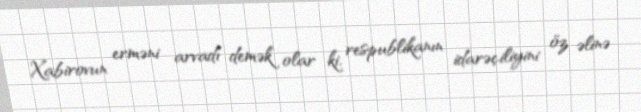
Xabirovun erməni arvadı demək olar ki, respublikanın idarəçiliyini öz əlinə